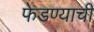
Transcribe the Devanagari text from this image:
फेडण्याची